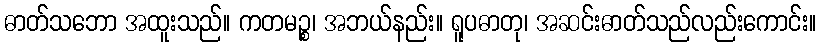
ဓာတ်သဘော အထူးသည်။ ကတမဉ္စ၊ အဘယ်နည်း။ ရူပဓာတု၊ အဆင်းဓာတ်သည်လည်းကောင်း။